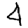
Digit: 4